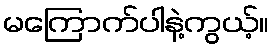
မကြောက်ပါနဲ့ကွယ့်။